Indian Civil Veterinary Department memoirs
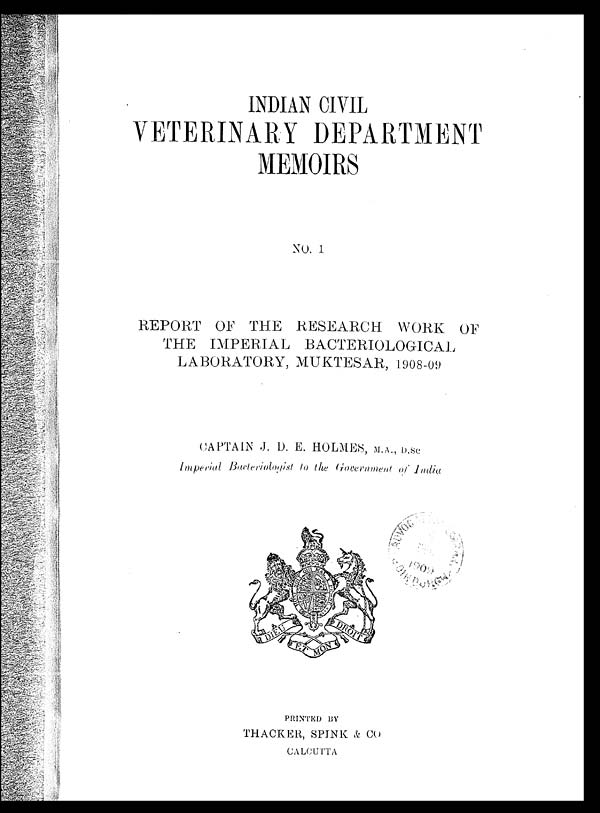
INDIAN CIVIL
VETERINARY DEPARTMENT
MEMOIRS
NO. 1
REPORT OF THE RESEARCH WORK OF
THE IMPERIAL BACTERIOLOGICAL
LABORATORY, MUKTESAR, 1908-09
CAPTAIN J. D. E. HOLMES, M.A., D.SC
Imperial Bacteriologist to the Government of India
PRINTED BY
THACKER, SPINK & CO
CALCUTTA